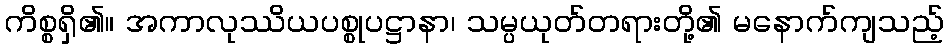
ကိစ္စရှိ၏။ အကာလုဿိယပစ္စုပဋ္ဌာနာ၊ သမ္ပယုတ်တရားတို့၏ မနောက်ကျသည့်